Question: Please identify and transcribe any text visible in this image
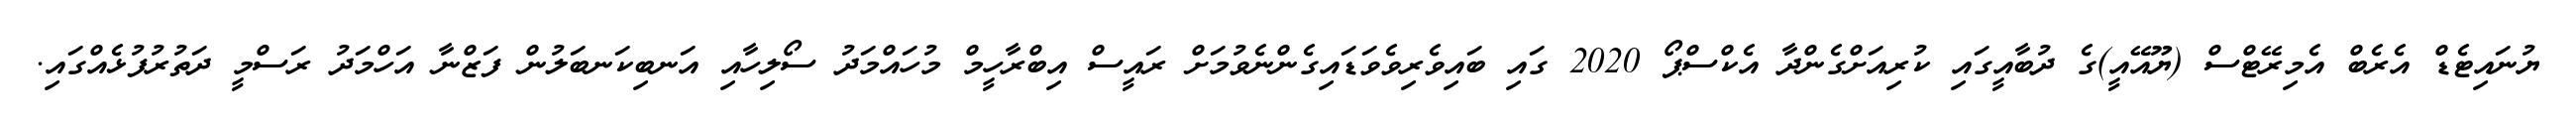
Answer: ޔުނައިޓެޑް އެރެބް އެމިރޭޓްސް (ޔޫއޭއީ)ގެ ދުބާއީގައި ކުރިއަށްގެންދާ އެކްސްޕޯ 2020 ގައި ބައިވެރިވެވަޑައިގެންނެވުމަށް ރައީސް އިބްރާހީމް މުހައްމަދު ސޯލިހާއި އަނބިކަނބަލުން ފަޒްނާ އަހްމަދު ރަސްމީ ދަތުރުފުޅެއްގައި.